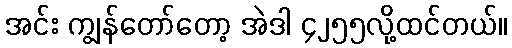
အင်း ကျွန်တော်တော့ အဲဒါ ၄၂၅၅လို့ထင်တယ်။